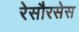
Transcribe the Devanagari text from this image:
रेसौरसेस